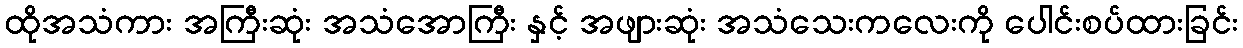
ထိုအသံကား အကြီးဆုံး အသံအောကြီး နှင့် အဖျားဆုံး အသံသေးကလေးကို ပေါင်းစပ်ထားခြင်း